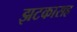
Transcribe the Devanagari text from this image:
झटकासह